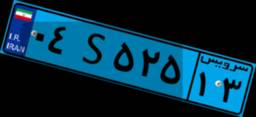
۹۰S۹۳۹۱۹